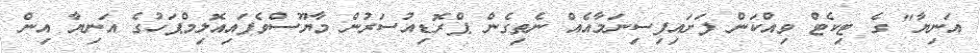
އަނިޔާ" ގެ ޓިކެޓް ވިއްކަން ފަށައިފިސިނަމާއެއް ނެތިގެން ޕްރޮޑިއުސަރުން މާޔޫސްވެފައިއޮލިމްޕަހުގެ އަނިޔާ އިން